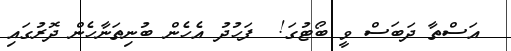
އަސްތާ ދަބަސް ވީ ބޯޓުގަ!  ފަހުދު އެހެން ބުނިތަނާހެން ދޮރުގައި